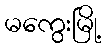
မကွေးမြို့